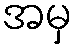
အမှ